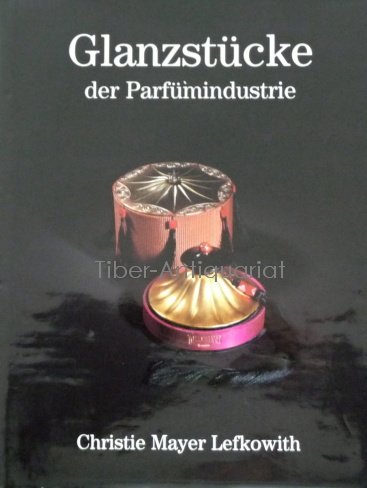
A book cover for Masterpieces of the Perfume Industry; Christie Mayer Lefkowith; Crafts, Hobbies & Home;